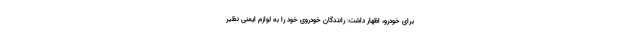
برای خودرو، اظهار داشت: رانندگان خودروی خود را به لوازم ایمنی نظیر